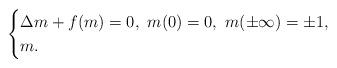
LaTeX: \begin{align*}\begin{cases}\Delta m + f(m) =0,\ m(0)=0,\ m(\pm \infty) =\pm 1, \\m.\end{cases}\end{align*}